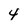
Character: 4